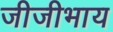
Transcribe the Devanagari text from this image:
जीजीभाय